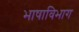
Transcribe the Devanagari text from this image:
भाषाविभाग